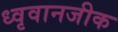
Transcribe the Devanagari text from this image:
ध्वृवानजीक